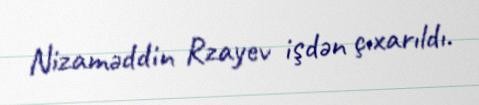
Nizaməddin Rzayev işdən çıxarıldı.